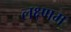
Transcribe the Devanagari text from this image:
लक्ष्णम